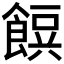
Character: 𮩂